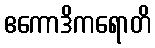
ဧကောဒိကရောတိ